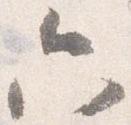
六